Annual report of the Punjab Veterinary College and of the Civil Veterinary Department, Punjab - 1920-1925
Year: 1920
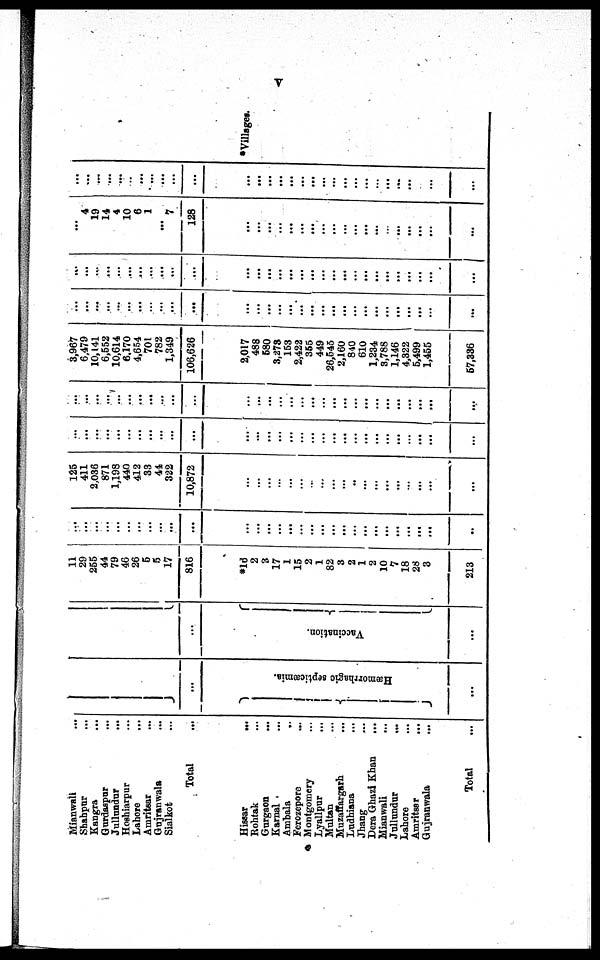
V
Mianwali ...
Shahpur ...
Kangra ...
Gurdaspur ...
Jullundur ...
Hoshiarpur ...
Lahore ...
Amritsar ...
Gujranwala ...
Sialkot ...
Total ...
Hissar
...
Rohtak ...
Gurgaon ...
Karnal ...
Ambala ...
Ferozepore ...
Montgomery ...
Lyallpur ...
Multan ...
Muzaffargarh ...
Ludhiana ...
Jhang ...
Dera Ghazi Khan ...
Mianwali
...
Jollundur
...
Lahore ...
Amritsar
...
Gujranwala ...
Total ...
...
Hæmo r
r
h a g ic septicæmia.
...
...
Va c c i
na t
i
on.
...
11
29
255
44
79
46
26
5
5
17
816
*16
2
3
17
1
15
2
1
82
3
2
1
2
10
7
18
28
3
213
...
...
...
...
...
...
...
...
...
...
...
...
...
...
...
...
...
...
...
...
...
...
...
...
...
...
...
...
...
...
125
411
2,036
871
1, 198
440
412
33
44
322
10,872
...
...
...
...
...
...
...
... ...
...
...
...
...
...
...
...
...
...
...
...
...
...
...
...
...
...
...
...
...
...
...
...
...
...
...
...
...
...
...
...
...
...
...
...
...
...
...
...
...
...
...
...
...
...
...
...
...
...
...
...
...
...
...
...
...
...
...
...
...
...
...
...
...
...
...
...
...
...
...
3,967
6,479
10,141
6,552
10,614
6.170
4,654
701
782
1,349
106,626
2,017
488
580
3,273
153
2,422
355
449
26,545
2,160
840
610
1, 234
3,788
1, 146
4,322
5,499
1,455
57,336
...
...
...
...
...
...
...
...
...
...
...
...
...
...
...
...
...
...
...
...
...
...
...
...
...
...
...
...
...
...
...
...
...
...
...
...
...
...
...
...
...
...
...
...
...
...
...
...
...
...
...
...
...
...
...
...
...
...
...
...
4
19
14
4
10
6
1
...
7
128
...
...
...
...
...
...
...
...
...
...
...
...
...
...
...
...
...
...
...
...
...
...
...
...
...
...
...
...
...
...
...
...
...
...
...
...
...
...
...
...
...
...
...
...
...
...
...
...
*Villages.